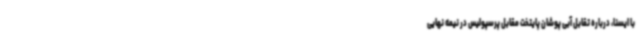
با ایسنا، درباره تقابل آبی پوشان پایتخت مقابل پرسپولیس در نیمه نهایی